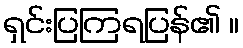
ရှင်းပြကြရပြန်၏ ။